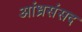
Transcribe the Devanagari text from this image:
आंध्रसंसद